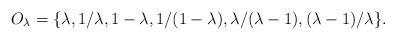
LaTeX: \begin{align*}O_\lambda = \{\lambda, 1/\lambda, 1-\lambda, 1/(1-\lambda), \lambda/(\lambda-1), (\lambda-1)/\lambda\}.\end{align*}